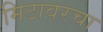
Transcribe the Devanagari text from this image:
मिठावरचा